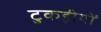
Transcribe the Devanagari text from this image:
टुकड़ीयों